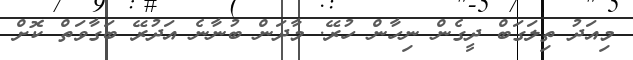
މިއަދު ތިލަގަބް ދީގެން ނިހާން ހުރޭ. މާދަން ބުނާނެ އަދުރޭ ބަގާވަތް ކޮށް